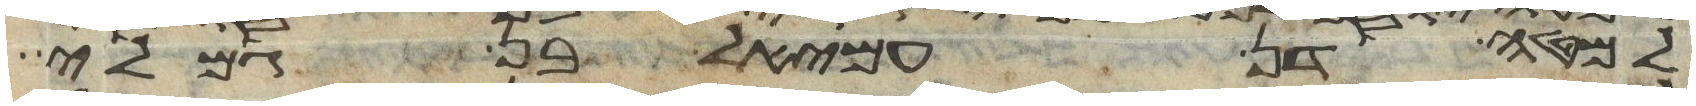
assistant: למטה דן עמיאל בן גמלי